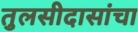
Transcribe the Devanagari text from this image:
तुलसीदासांचा